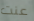
عنت